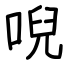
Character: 唲